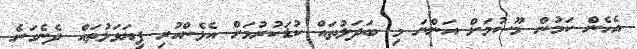
އެހެން ކަމުން މޫސުމަށް އަންނަ މި ބަދަލުތައް ކުޑަކުރުމަށް އެޅެންހުރި ފިޔަވަޅުތައް ދެނެގަނެ